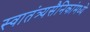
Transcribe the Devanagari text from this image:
स्वातंत्र्यसैनिकांमध्ये